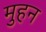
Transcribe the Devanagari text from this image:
मुहन